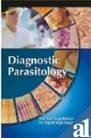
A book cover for Diagnostic Parasitology; V. S. Rathore; Medical Books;